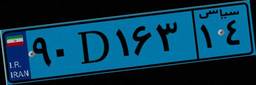
۹۰D۱۶۳۱۴